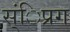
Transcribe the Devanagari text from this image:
स्ंिप्रग